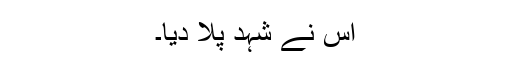
اس نے شہد پلا دیا۔